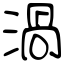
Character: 渦